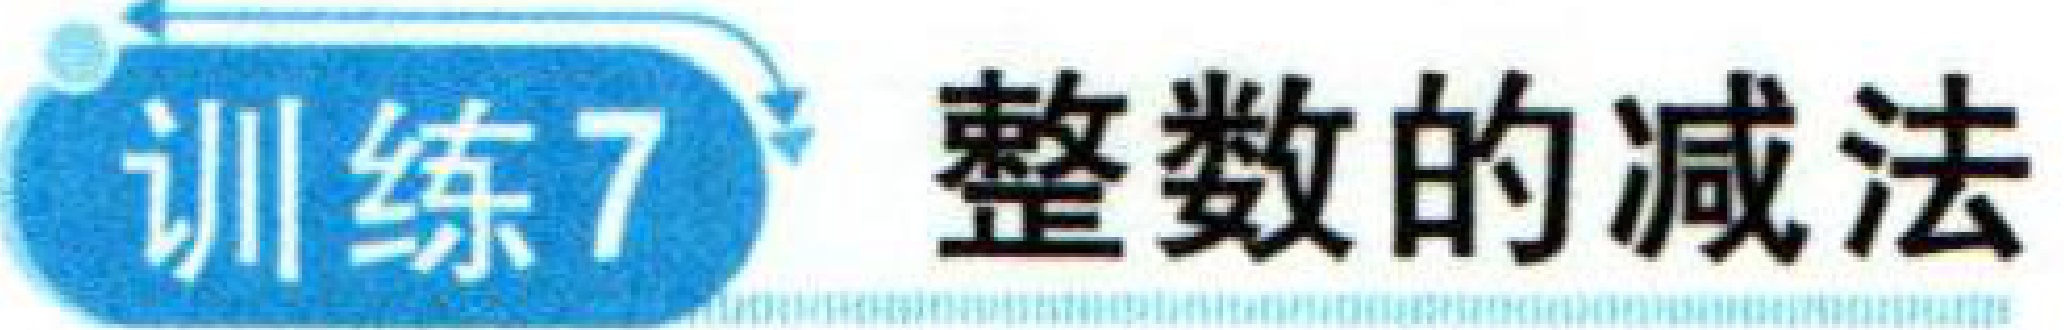
训练7 整数的减法